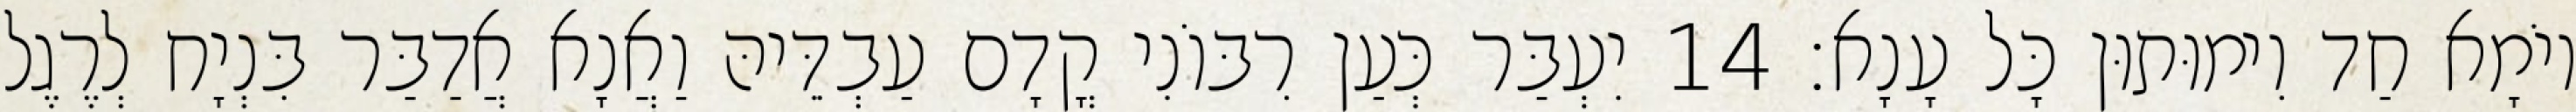
יוֹמָא חַד וִימוּתוּן כָּל עָנָא׃ 14 יִעְבַּר כְּעַן רִבּוֹנִי קֳדָם עַבְדֵּיהּ וַאֲנָא אֲדַבַּר בִּנְיָח לְרֶגֶל